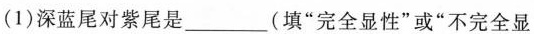
(1)深蓝尾对紫尾是______(填”完全显性”或”不完全显